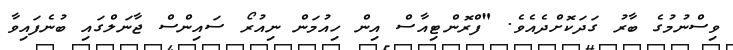
ވިސްނުމުގެ ބާރު ގަދަކޮށްދެއެވެ. "ފްރޮންޓިއާސް އިން ހިއުމަން ނިއުރޯ ސައިންސް ޖާނަލްގައި ބުނެފައިވާ